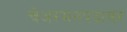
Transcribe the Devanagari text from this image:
चेअरमनपदावर